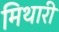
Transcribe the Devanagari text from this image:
मिथारी